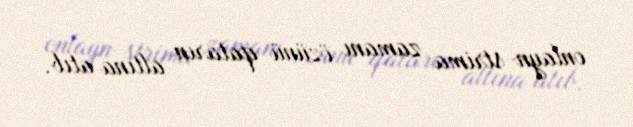
onlayn-strima zamanı özünü qatarın altına atıb.